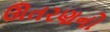
ઊતરણનો